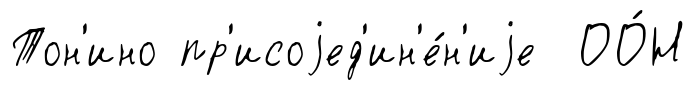
Тон'ино пр'исоjед'ин'е́н'иjе ОО́Н